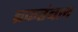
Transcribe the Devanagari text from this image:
ब्रकतंबल